65_HS1-834228961_62-HQ-83894_Section_9
Agency: FBI
Page 104
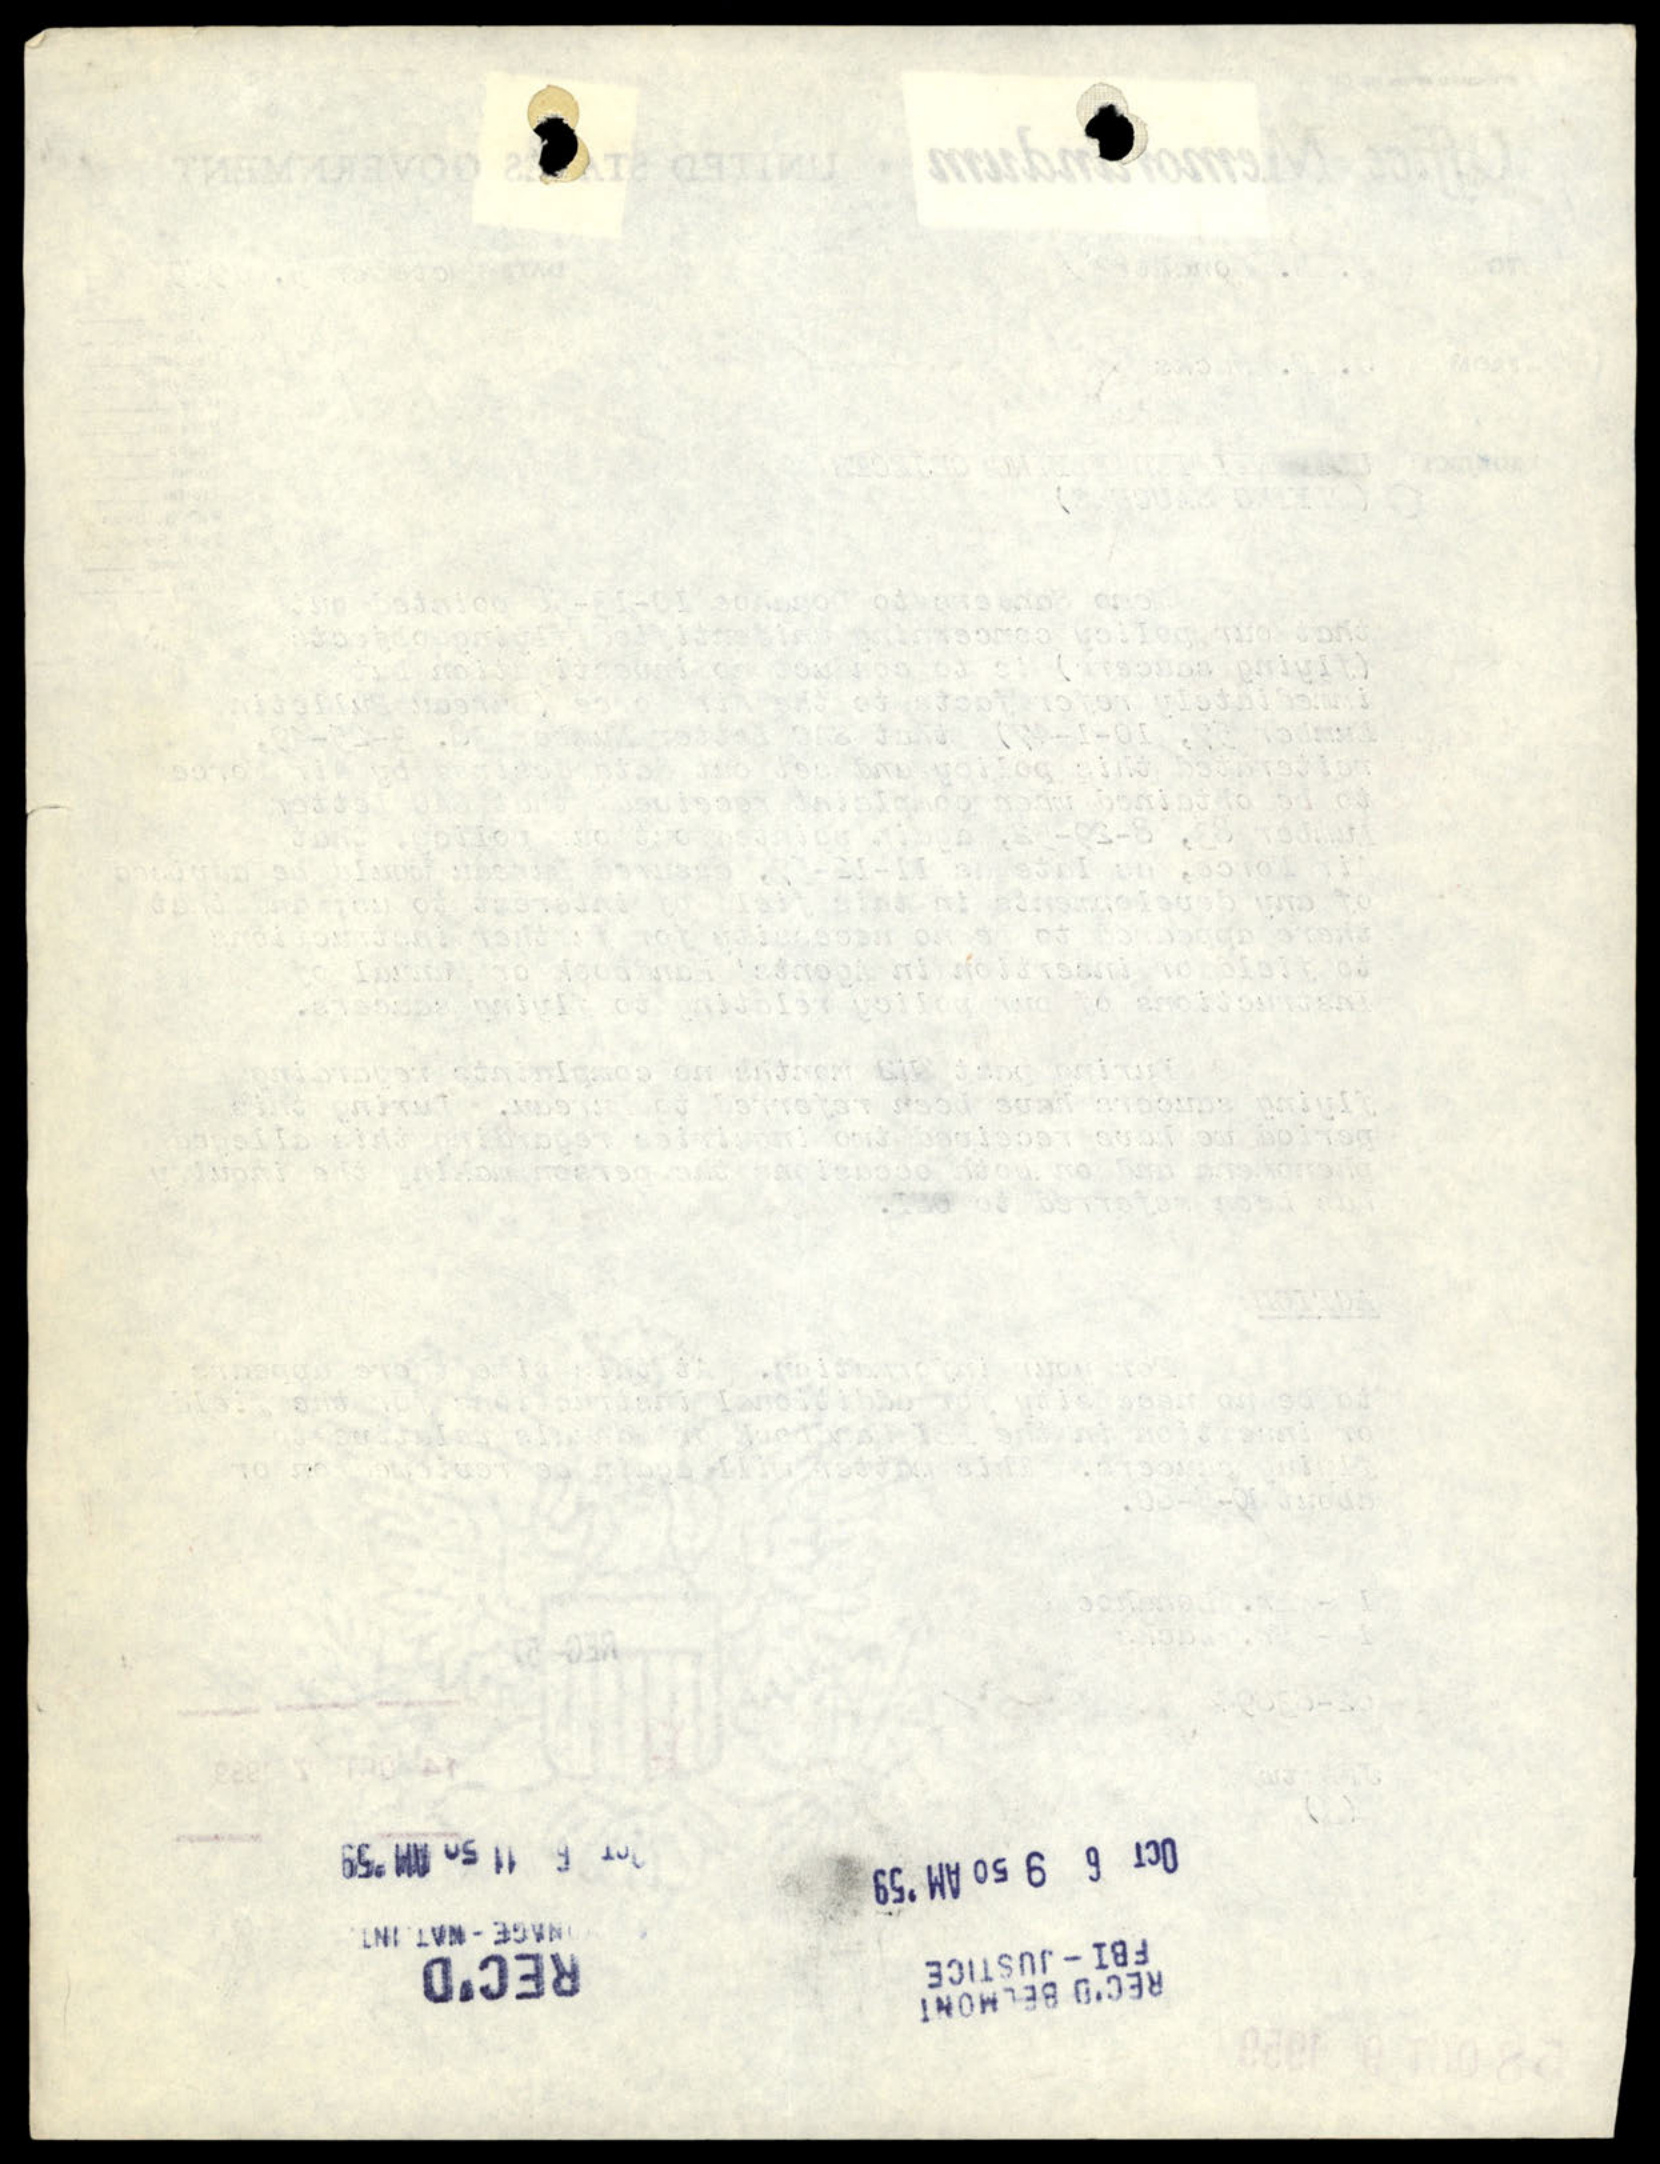